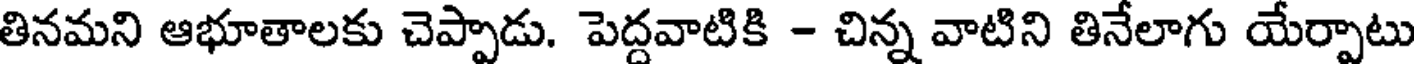
తినమని ఆభూతాలకు చెప్పాడు. పెద్దవాటికి - చిన్న వాటిని తినేలాగు యేర్పాటు